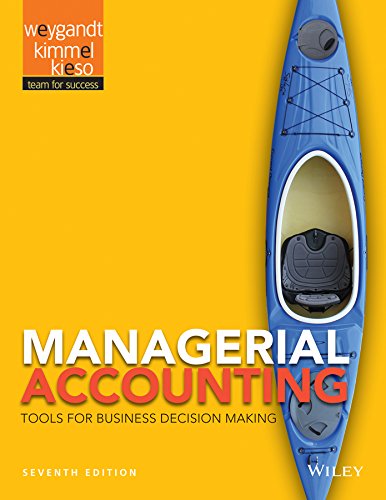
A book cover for Managerial Accounting: Tools for Business Decision Making; Jerry J. Weygandt; Business & Money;